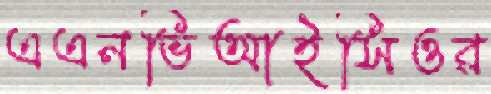
এএনভিআইসিওর